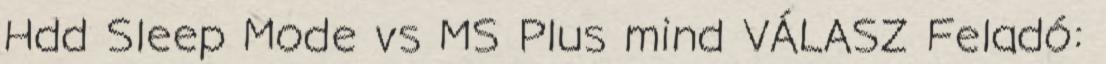
Hdd Sleep Mode vs MS Plus mind VÁLASZ Feladó: